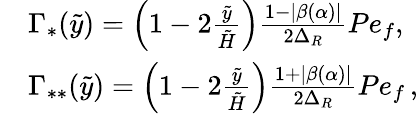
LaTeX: \begin{array}{rl}&{\Gamma_{\ast}(\tilde{y})=\left(1-2\frac{\tilde{y}}{\tilde{H}}\right)\frac{1-\lvert\beta(\alpha)\rvert}{2\Delta_{R}}Pe_{f},\, }\\ &{\Gamma_{\ast\ast}(\tilde{y})=\left(1-2\frac{\tilde{y}}{\tilde{H}}\right)\frac{1+\lvert\beta(\alpha)\rvert}{2\Delta_{R}}Pe_{f}\, ,}\end{array}